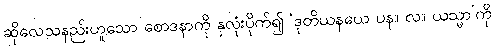
ဆိုလေသနည်းဟူသော စောဒနာကို နှလုံးပိုက်၍ ‘ဒုတိယနယေ ပန။ လ။ ယသ္မာ’ကို